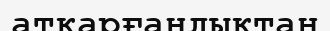
атқарғандықтан